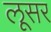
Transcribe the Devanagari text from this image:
लूसर